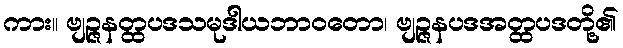
ကား။ ဗျဉ္ဇနတ္ထပဒသမုဒါယဘာဝတော၊ ဗျဉ္ဇနပဒအတ္ထပဒတို့၏